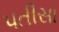
પતીસા